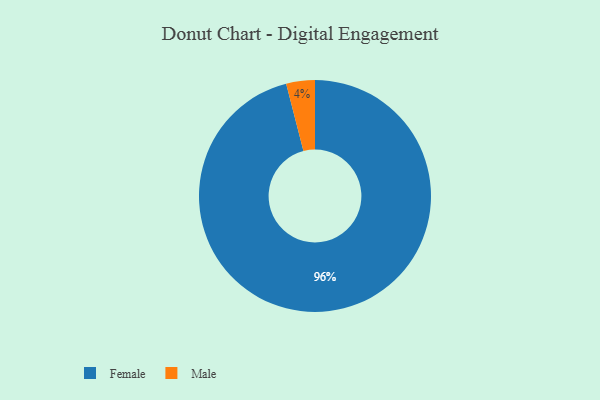
{"axis": {"x": "Category", "y": "Percentage"}, "legend": ["Female", "Male"], "data": [{"x": "Female", "y": 96, "type": "Female"}, {"x": "Male", "y": 4, "type": "Male"}]}